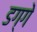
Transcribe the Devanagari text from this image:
डग्गे